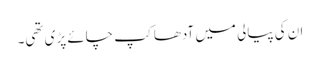
ان کی پیالی میں آدھا کپ چائے پڑی تھی۔